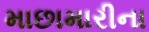
માછામારીના